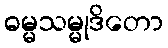
ဓမ္မသမ္မုဒိတော